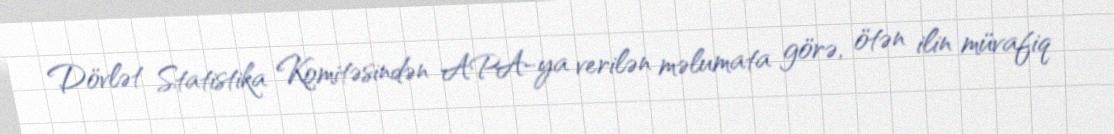
Dövlət Statistika Komitəsindən APA-ya verilən məlumata görə, ötən ilin müvafiq